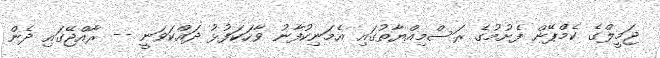
ޖަމީލްގެ ކެމްޕޭން ފެށުމުގެ ރަސްމިއްޔާތުގައި އެމަނިކުފާނު ވާހަކަފުޅު ދައްކަވަނީ -- ރާއްޖޭގައި ދެން